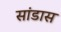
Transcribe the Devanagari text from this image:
सांडास